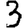
Digit: 3